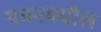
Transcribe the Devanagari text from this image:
यमनमधील